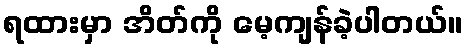
ရထားမှာ အိတ်ကို မေ့ကျန်ခဲ့ပါတယ်။